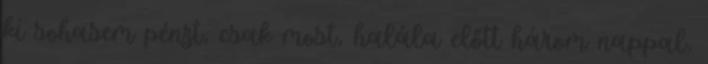
ki sohasem pénzt, csak most, halála előtt három nappal,